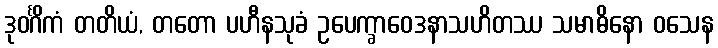
ဒုဝင်္ဂိကံ တတိယံ, တတော ပဟီနသုခံ ဥပေက္ခာဝေဒနာသဟိတဿ သမာဓိနော ဝသေန